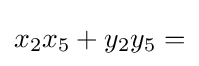
x_{2}x_{5}+y_{2}y_{5}=